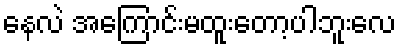
နေလဲ အကြောင်းမထူးတော့ပါဘူးလေ